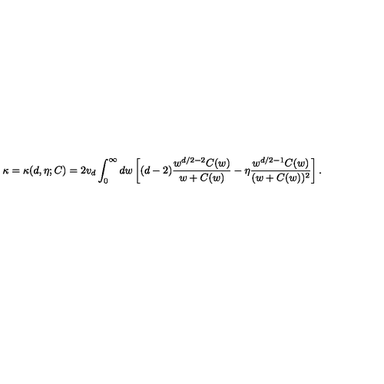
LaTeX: \kappa = \kappa ( d , \eta ; C ) = 2 v _ { d } \int _ { 0 } ^ { \infty } d w \left[ ( d - 2 ) \frac { w ^ { d / 2 - 2 } C ( w ) } { w + C ( w ) } - \eta \frac { w ^ { d / 2 - 1 } C ( w ) } { ( w + C ( w ) ) ^ { 2 } } \right] .